Vital statistics of India. Vol. IV, Annual returns from 1871 to 1876. British Army of India, Native Army and jails of Bengal
Year: 1871
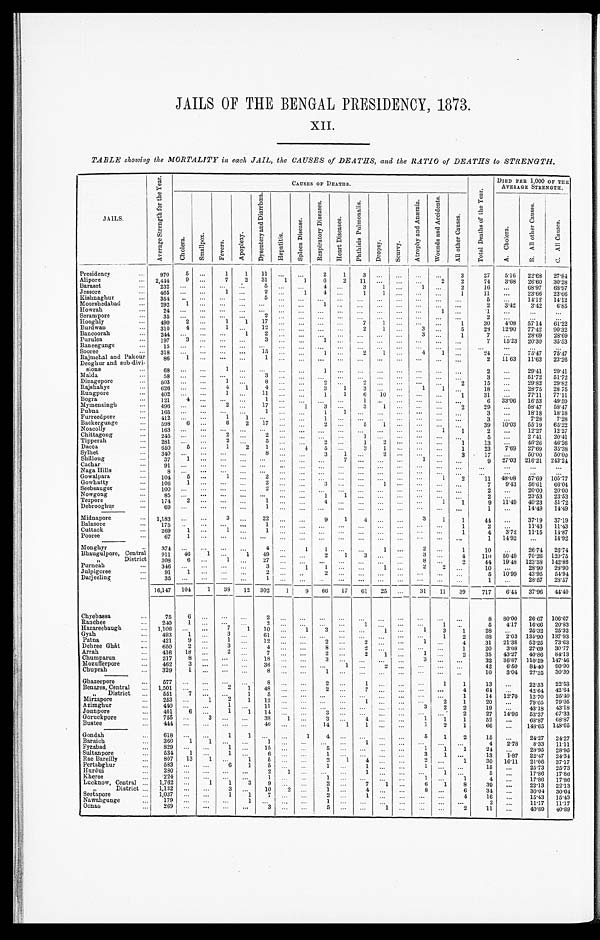
JAILS OF THE BENGAL PRESIDENCY, 1873.
XII.
TABLE showing the MORTALITY in each JAIL, the CAUSES of DEATHS, and the RATIO of DEATHS to STRENGTH.
JAILS.
A v e r a g e S t r e n g t h f o r t h e Y e a r .
CAUSES OF DEATHS.
DIED PER. 1,000 OF THE
AVERAGE STRENGTH.
C h o l e r a .
S m a l l p o x .
F e v e r s .
A p o p l e x y .
D y s e n t e r y a n d D i a r r h œ a .
H e p a t i t i s .
S p l e e n D i s e a s e s .
R e s p i r a t o r y D i s e a s e s .
H e a r t D i s e a s e s .
P h t h i s i s P u l m o n a l i s .
D r o p s y . S c u r v y .
A t r o p h y a n d A n æ m i a .
W o u n d s a n d A c c i d e n t s .
A l l o t h e r C a u s e s .
T o t a l D e a t h s o f t h e Y e a r .
A . C h o l e r a .
B . A l l o t h e r C a u s e s .
C . A l l C a u s e s .
Presidency . . .
970
5
. . .
1
1
11
. . .
. . .
2
1
3
. . .
. . .
. . .
. . .
3
27
5.16
22.68
27.84
Alipore . . .
2,444
9
. . .
7
2
31
1
1
6
2
11
. . .
. . .
. . .
2
2
74
3.68
2 6 . 6 0
3 0 . 2 8
Baraset . . .
232
. . .
. . .
. . .
. . .
5
. . .
. . .
4
. . .
3
1
. . .
1
. . .
2
1 6
. . .
6 8 . 9 7
6 8 . 9 7
Jessore . . .
465
. . .
. . .
1
. . .
2
. . .
1
4 . . .
1
1
. . .
. . .. . .
1
11
. . .
2 3 . 6 6
2 3 . 6 6
Kishnaghur . . .
3 5 4
. . .
. . .
. . .
. . .
5
. . .
. . .
. . .. . .
. . .
. . .
. . .
. . .. . .
. . .
5
. . .
1 4 . 1 2
1 4 . 1 2
Moorshedabad . . .
292
1
. . .
. . .
. . .
. . .
. . .
. . .
1 . . .
. . .
. . .
. . .
. . .
. . .
. . .
2
3 . 4 2
3 . 4 2
6 . 8 5
Howrah . . .
2 4
. . .
. . .
. . .
. . .
. . .
. . .
. . .
. . .. . .
. . .
. . .
. . .
. . .
1
. . .
1
. . .
. . .
. . .
Serampore . . .
35
. . .
. . .
. . .
. . .
2
. . .
. . .
. . . . . .
. . .
. . .
. . .
. . .
. . .
. . .
2
. . .
. . .
. . .
Hooghly . . .
490
2
. . .
1
1
17
. . .
. . .
. . .
. . .
7
1
. . . . . .
. . .
1
3 0
4 . 0 8
57.14
6 1 . 2 2
Burdwan . . .
310
4
. . .
1 . . .
12
. . .
. . .
. . .
. . .
2
1
. . . 3
. . .
5
2 8
12.90
77.42
9 0 . 3 2
Bancoorah . . .
2 4 4
. . . . . .
. . .
1
2
. . .
. . .
. . .
. . .
. . . . . .
. . .
3
. . .
1
7
. . .
2 8 . 6 9
2 8 . 6 9
Purulea . . .
197
3
. . .
. . .
. . .
3
. . .
. . .
1
. . .
. . . . . .
. . .
. . .
. . .
. . .
7
1 5 . 2 3
20.30
3 5 . 5 3
Raneegunge . . .
15
. . .
. . .
. . .
. . .
. . .
. . .
. . .
. . .
. . .
. . . . . .
. . .
. . .
. . .
. . .
. . .
. . .
. . .
. . .
Sooree . . .
318
. . .
. . .
. . .
. . .
15
. . .
. . .
1
. . .
2
1
. . .
4
1
. . .
24
. . .
7 5 . 4 7
7 5 . 4 7
Rajmehal and Pakour . . .
86
1
. . .
. . .
. . .
1
. . .
. . .
. . .
. . .
. . .
. . .
. . . . . .
. . .
. . .
2
1 1 . 6 3
1 1 . 6 3
2 3 . 2 6
Deoghur and sub-divi-
s i o n s . . .
68
. . .
. . .
1
. . .
. . .
. . .
. . .
1
. . .
. . .
. . .
. . .
. . .
. . .
. . .
2
. . .
29.41
2 9 . 4 1
Malda . . .
5 8
. . .
. . .
. . .
. . .
3
. . .
. . .
. . .
. . .
. . .
. . .
. . .
. . .
. . .
. . .
3 . . .
51.72
5 1 . 7 2
Dinagepore . . .
503
. . .
. . .
1
. . .
8
. . .
. . .
2
. . .
2
. . .
. . .
. . .
. . .
2
15
. . .
29.82
29.82
Rajshahye . . .
626
. . .
. . .
4
1
4
. . .
. . .
3
1
3
. . .
. . .
1
1
. . .
18
. . .
2 8 . 7 5
2 8 . 7 5
Rungpore . . .
402
. . .
. . .
1
. . .
1 1
. . .
. . .
1
1
6
1 0
. . .
. . .. . .
1
31
. . .
77.11
77.11
Bogra . . .
121
4
. . .
. . .
. . .
1
. . .
. . .
. . .
. . .
1
. . .
. . .
. . . . . .
. . .
6
33.06
16.53
49.59
Mymensingh . . .
4 9 6
. . .
. . .
2
. . .
17
. . .
1
3
. . .
3
1
. . .
. . .
. . .
2
29
. . .
58.47
58.47
Pubna . . .
1 6 5
. . .
. . .
. . .
. . .
1
. . .
. . .
1
1
. . . . . .
. . . . . .
. . .
. . .
3
. . .
1 8 . 1 8
1 8 . 1 8
Furreedpore . . .
412
. . .
. . .
1
1
. . .
. . .
. . .
1 . . .
. . .
. . .
. . .
. . .
. . .
. . .
3
. . .
7 . 2 8
7 . 2 8
Backergungge . . .
598
6
. . .
6
2
17
. . .
. . .
2 . . .
5
1
. . .
. . .
. . .
. . .
39
1 0 . 0 3
5 5 . 1 9
6 5 . 2 2
Noacolly . . .
1 6 3
. . .
. . .
. . .. . .
. . .
. . .
. . .
. . .
. . .
. . .
. . .
. . .
. . .
1
1
2 . . .
12.27
12.27
Chittagong . . .
2 4 5
. . .
. . .
2
. . .
2
. . .
. . .
. . .
. . .
1
. . .
. . . . . .
. . .
. . .
5 . . .
2 0 . 4 1
2 0 . 4 1
Tipperah . . .
281
. . .
. . .
2
. . .
5
. . .
. . .
2
. . .
1
2
. . .
. . .
. . .
1
1 3. . .
4 6 . 2 6
4 6 . 2 6
Dacca . . .
650
5
. . .
1
2
1
. . .
4
5
. . .
3
1
. . . . . .
. . .
1
2 3
7 . 6 9
2 7 . 6 9
3 5 . 3 8
Sylhet . . .
340
. . . . . .
. . .. . .
8
. . .
. . .
3
1
. . .
2
. . . . . .
. . .
3
1 7
. . .
5 0 . 0 0
5 0 . 0 0
Shillong . . .
37
1
. . .
. . .
. . .
. . .
. . .
. . .
. . . 7
. . .
. . .
. . .
1
. . .
. . .
9
2 7 . 0 3
2 1 6 . 2 1
2 4 3 . 2 4
Cachar . . .
91
. . .
. . .
. . .
. . .
. . .
. . .
. . .
. . .. . .
. . .
. . .
. . .
. . .
. . .
. . .
. . .. . .
. . .
. . .
Naga Hills . . .
8
. . .
. . .
. . .
. . .
. . .
. . .
. . .
. . . . . .
. . .
. . .
. . .
. . .
. . .
. . .
. . .
. . .
. . .
. . .
Gowalpara . . .
104
5
. . .
1
. . .
2
. . .
. . .
. . .
. . .
. . .
. . .
. . .
. . .
1
2
1 1
4 8 . 0 8
5 7 . 6 9
1 0 5 . 7 7
Gowhatty . . .
106
1
. . .
. . .
. . .
2
. . .
. . .
3
. . .
. . .
1
. . .
. . . . . .
. . .
7
9.43
5 6 . 6 1
6 6 . 0 4
Seebsaugor . . .
100
. . .
. . .
. . .
. . .
2
. . .
. . .
. . .
. . .
. . .
. . .
. . .
. . .
. . .
. . .
2
. . .
2 0 . 0 0
2 0 . 0 0
Nowgong . . .
8 5
. . .
. . .
. . .
. . .
. . .
. . .
. . .
1
1
. . .
. . .
. . .
. . . . . .
. . .
2
. . .
2 3 . 5 3
2 3 . 5 3
Tezpore . . .
174
2
. . .
. . .
. . .
1
. . .
. . .
4
. . .
. . .
. . .
. . .
. . . 1
1
9
1 1 . 4 9
4 0 . 2 3
5 1 . 7 2
Debrooghur . . .
6 9
. . .
. . .
. . .
. . .
1
. . .
. . .
. . .
. . .
. . .
. . .
. . .
. . .
. . .
. . .
1 . . .
14.49
14.49
Midnapore . . .
1,183
. . .
. . .
3
. . .
22
. . .
. . .
9
1
4
. . .
. . .
3
1
1
4 4
. . .
3 7 . 1 9
3 7 . 1 9
Balasore . . .
175
. . .
. . .
. . .
. . .
1
. . .
. . .
. . .. . .
. . . . . .
. . .
. . .. . .
1
2
. . .
1 1 . 4 3
1 1 . 4 3
Cuttack . . .
269
1
. . .
1
. . .
1
. . .
. . .
. . .
. . .
. . .
. . .
. . .
. . .
. . .
1
4
3 . 7 2
1 1 . 1 5
1 4 . 8 7
Pooree . . .
67
1
. . .
. . .
. . .
. . .
. . .
. . .
. . .
. . .
. . .
. . .
. . .
. . .
. . .
. . .
1
14.92
. . .
14.92
Monghyr . . .
374
. . .
. . .
. . .
. . .
4
. . .
1
1
. . .
. . .
1
. . . 2
. . .
1
1 0
. . .
2 6 . 7 4
2 6 . 7 4
Bhaugulpore, Central . . .
911
4 6
1
. . .
1
49
. . .
. . .
2
1
3
. . .
. . .
3
. . .
4
1 1 0
5 0 . 4 9
7 0 . 2 6
1 2 0 . 7 5
" District . . .
308
6 . . .
1
. . .
2 7
. . .
. . .
. . .
. . .
. . .
. . .
. . .
8
. . .
2
4 4
19.48
123.38
142.86
Purneah . . .
346
. . .
. . .
. . .
. . .
3
. . .
1
1
. . .
. . . 1
. . .
2
2
. . .
1 0 . . .
2 8 . 9 0
2 8 . 9 0
Julpigoree . . .
91
1
. . .
. . .
. . .
2
. . .
. . .
2
. . .
. . . . . .
. . .
. . . . . .
. . .
5
1 0 . 9 9
4 3 . 9 5
5 4 . 9 4
Darjeeling . . .
35
. . .
. . .
. . .
. . .
1
. . .
. . .
. . .
. . .
. . .
. . .
. . .
. . .
. . .
. . .
1 . . .
28.57
28.57
16,147
104
1
38
12
302
1
9
66
17
61
25
. . .
31
11
39
717
6.44
37.96
44.40
Chyebassa . . .
75
6 . . .
. . .. . .
2
. . .
. . .
. . .. . .
. . .
. . .
. . .
. . .
. . .
. . .
8
8 0 . 0 0
2 6 . 6 7
1 0 6 . 6 7
Ranchee . . .
240
1 . . .
. . .. . .
2
. . .
. . .
. . .
. . .
1
. . .
. . .
. . .
1
. . .
5
4 . 1 7
1 6 . 6 6
2 0 . 8 3
Hazareebaugh . . .
1,106
. . .
. . .
7 1
10
. . .
1
3
. . .
. . .
1
. . .
1
3
1
2 8
. . .
2 5 . 3 2
2 5 . 3 2
Gyah . . .
493
1
. . .
3 . . .
61
. . .
. . .
. . .
. . .
. . .
. . . . . . . . .
1
2
6 8
2 . 0 3
1 3 5 . 9 0
1 3 7 . 9 3
Patna . . .
421
9
. . .
1 . . .
12
. . .
. . .
2
. . .
2
. . .
. . .
1
. . .
4
3 1
21.38
5 2 . 2 5
7 3 . 6 3
Dehree Ghât . . .
650
2
. . .
3 . . .
4
. . .
. . .
8
. . .
2
. . .
. . . . . . . . .
1
2 0
3 . 0 8
2 7 . 6 9
3 0 . 7 7
Arrah . . .
416
18
. . .
2 . . .
7
. . .
. . .
2
. . .
2
1
. . .
1 . . .
2
3 5
4 3 . 2 7
4 0 . 8 6
8 4 . 1 3
Chumparun . . .
217
8
. . .
. . .
. . .
18
. . .
. . .
3
. . .
. . .
. . .
. . . 3
. . .
. . .
3 2
3 6 . 8 7
1 1 0 . 5 9
1 4 7 . 4 6
Mozuflerpore . . .
462
3
. . .
. . .
. . .
36
. . .
. . .
. . .
1
. . . 2
. . .
. . . . . .
. . .
4 2
6.50
8 4 . 4 0
9 0 . 9 0
Chuprah . . .
329
1
. . .
. . .
. . .
8
. . .
. . .
1
. . .
. . .
. . . . . .
. . . . . .
. . .
1 0
3 . 0 4
27.35
30.39
Ghazeepore . . .
577
. . . . . .
. . .
. . .
8
. . .
. . .
2
. . .
1
. . .
. . . . . . 1
1
1 3
. . .
2 2 . 5 3
2 2 . 5 3
Benares, Central . . .
1,501
. . .
. . .
2
1
48
. . .
. . .
2
. . .
7
. . .
. . . . . .
. . .
4
6 4
. . .
4 2 . 6 4
4 2 . 6 4
" District . . .
551
7
. . .
. . .
1
5
. . .
. . .
. . .
. . .
. . .
. . .
. . . . . . . . .
1
1 4
1 2 . 7 0
1 2 . 7 0
2 5 . 4 0
Mirzapore . . .
253
. . .
1
2
1
12
. . .
. . .
. . .
. . .
1
. . . . . .
. . .
2
1
2 0
. . .
7 9 . 0 5
7 9 . 0 5
Azimghur . . .
4 4 0
. . .. . .
1
. . .
1 1
. . .
. . .
. . .
. . .
. . .
. . .
. . .
3
2
2
19
. . .
4 3 . 1 8
4 3 . 1 8
Jounpore . . .
401
6 . . .
1
1
14
. . .
. . .
3
. . .
. . .
. . .
. . .
. . .
. . .
2
2 7
1 4 . 9 6
5 2 . 3 7
6 7 . 3 3
Goruckpore . . .
755
. . .
3
. . .. . .
3 8
1
. . .
3
. . .
4
. . .
. . .
1
1
1
5 2 . . .
6 8 . 8 7
6 8 . 8 7
Bustee . . .
444
. . .
. . .
. . .
. . .
4 6
. . .
. . .
14
1
1
. . .
. . .
1
2
1
66
. . . 148.65
148.65
Gondah . . .
618
. . .
. . .
1
1
. . .
. . .
1
4 . . .
. . . . . .
. . .
5
1
2
1 5
. . .
2 4 . 2 7
2 4 . 2 7
Baraich . . .
360
1
1
. . .. . .
1
. . .
. . .
. . .. . .
1
. . .
. . .
. . .
. . .
. . .
4
2 . 7 8
8 . 3 3
1 1 . 1 1
Fyzabad . . .
8 2 9
. . . . . .
1 . . .
15
. . .
. . .
5 . . .
. . . . . .
. . .
1
1
1
2 4
. . .
2 8 . 9 5
2 8 . 9 5
Sultanpore . . .
534
1
. . .
1 . . .
6
. . .
. . .
1
. . .
. . .
. . . . . .
3
1
. . .
1 3
1 . 8 7
2 2 . 4 7
2 4 . 3 4
Rae Bareilly . . .
807
13
1
. . .
1
5
. . .
. . .
2
1
4
. . .
. . .
2
. . .
1
30
16.11
2 1 . 0 8
3 7 . 1 7
Pertabghur . . .
583
. . .
. . .
6
1
5
. . .
. . .
1
. . .
1
. . .
. . .
1
. . .
. . .
15
. . .
2 5 . 7 3
2 5 . 7 3
Hurdui . . .
2 8 0
. . . . . .
. . .. . .
2
1
. . .
. . .. . .
1
. . .
. . .
. . .1
. . .
5
. . .
1 7 . 8 6
1 7 . 8 6
Kheree . . .
224
. . .
. . .
. . .
. . .
1
. . .
. . .
1 . . .
. . . . . .
. . .
1 . . .
1
4
. . .
1 7 . 8 6
17.86
Lucknow, Central . . .
1,762
. . .
1
1
3
9
. . .
. . .
2 . . .
7
1
. . .
6
1
8
39
. . .
2 2 . 1 3
2 2 . 1 3
" District . . .
1,132
. . .
. . .
3 . . .
10
2
. . .
1 . . .
4
. . .
. . .
8
. . .
6
34
. . .
3 0 . 0 4
3 0 . 0 4
Seetapore . . .
1,037
. . .
. . .
1
1
7
. . .
. . .
2 . . .
1 . . .
. . .
. . .
. . .
4
1 6
. . .
1 5 . 4 3
1 5 . 4 3
Nawabgunge . . .
179
. . .
. . .
. . .
1
. . .
. . .
. . .
1
. . .
. . .. . .
. . .
. . . . . .
. . .
2
. . .
1 1 . 1 7
1 1 . 1 7
Oonao . . .
269
. . .
. . .
. . .
. . .
3
. . .
. . .
5 . . .
. . .1
. . .. . .
. . .
2
11 . . .
40.89
40.89